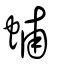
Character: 蜅